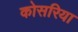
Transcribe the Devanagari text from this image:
कोसरिया